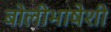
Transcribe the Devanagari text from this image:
बोलीभाषेशी